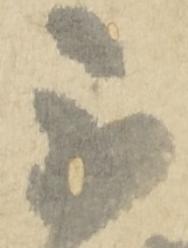
不